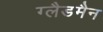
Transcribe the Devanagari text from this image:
ग्लैडमैन